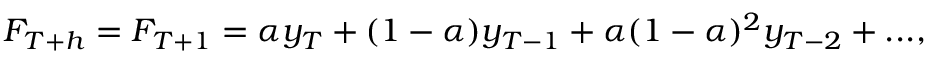
F _ { T + h } = F _ { T + 1 } = \alpha y _ { T } + ( 1 - \alpha ) y _ { T - 1 } + \alpha ( 1 - \alpha ) ^ { 2 } y _ { T - 2 } + . . . ,